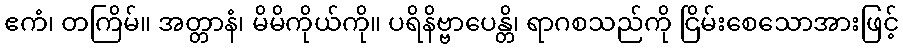
ဧကံ၊ တကြိမ်။ အတ္တာနံ၊ မိမိကိုယ်ကို။ ပရိနိဗ္ဗာပေန္တိ၊ ရာဂစသည်ကို ငြိမ်းစေသောအားဖြင့်